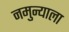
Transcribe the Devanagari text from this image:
नमुन्याला